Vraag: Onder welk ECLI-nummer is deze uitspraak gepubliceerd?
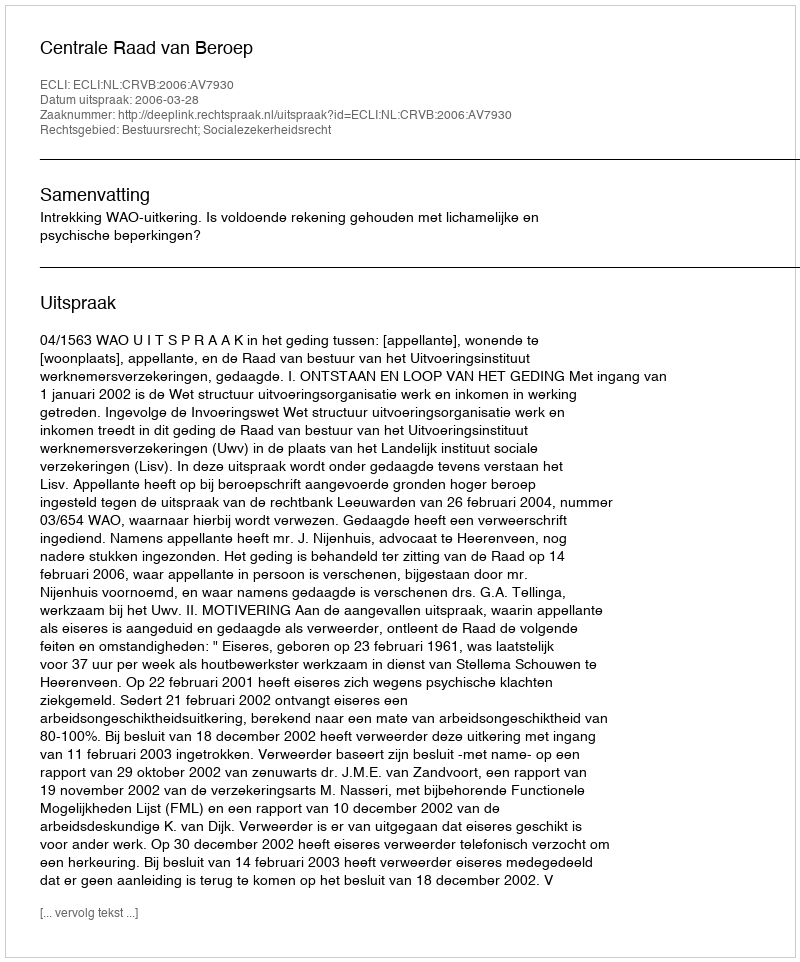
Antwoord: ECLI:NL:CRVB:2006:AV7930